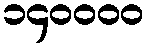
၁၄၀၀၀၀